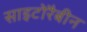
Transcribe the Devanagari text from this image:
साइटोरैबीन